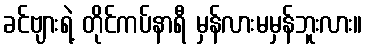
ခင်ဗျားရဲ့ တိုင်ကပ်နာရီ မှန်လားမမှန်ဘူးလား။